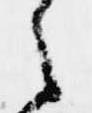
之